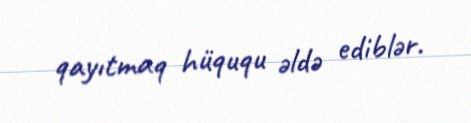
qayıtmaq hüququ əldə ediblər.